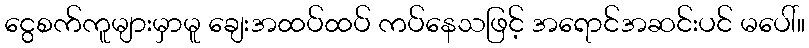
ငွေစက်ကူများမှာမူ ချေးအထပ်ထပ် ကပ်နေသဖြင့် အရောင်အဆင်းပင် မပေါ်။